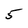
Character: 5